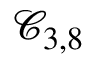
\mathcal { C } _ { 3 , 8 }